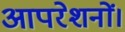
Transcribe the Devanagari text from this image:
आपरेशनों।